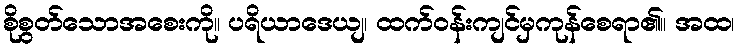
စိုစွတ်သောအစေးကို။ ပရိယာဒေယျ၊ ထက်ဝန်းကျင်မှကုန်စေရာ၏။ အထ၊